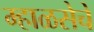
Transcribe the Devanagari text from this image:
म्हाळसेचे